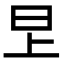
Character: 㫔